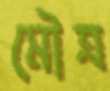
মৌত্র